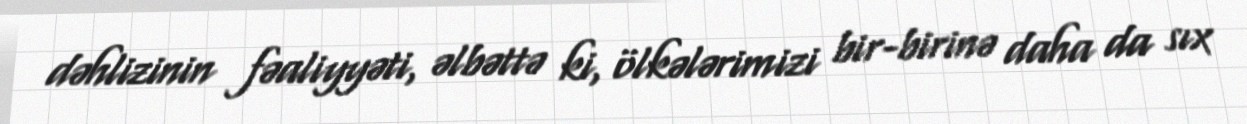
dəhlizinin fəaliyyəti, əlbəttə ki, ölkələrimizi bir-birinə daha da sıx